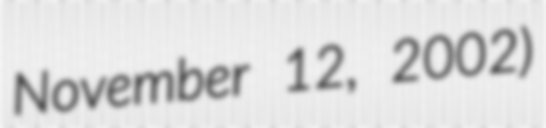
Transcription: November 12, 2002)